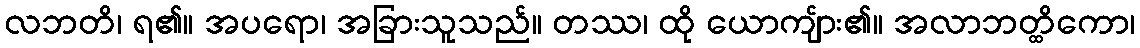
လဘတိ၊ ရ၏။ အပရော၊ အခြားသူသည်။ တဿ၊ ထို ယောကျ်ား၏။ အလာဘတ္ထိကော၊